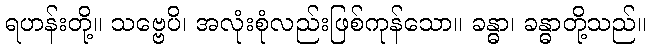
ရဟန်းတို့။ သဗ္ဗေပိ၊ အလုံးစုံလည်းဖြစ်ကုန်သော။ ခန္ဓာ၊ ခန္ဓာတို့သည်။